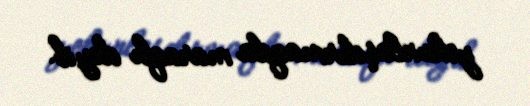
yekunlaşdırmaqda maraqlı deyil.